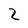
Character: 2